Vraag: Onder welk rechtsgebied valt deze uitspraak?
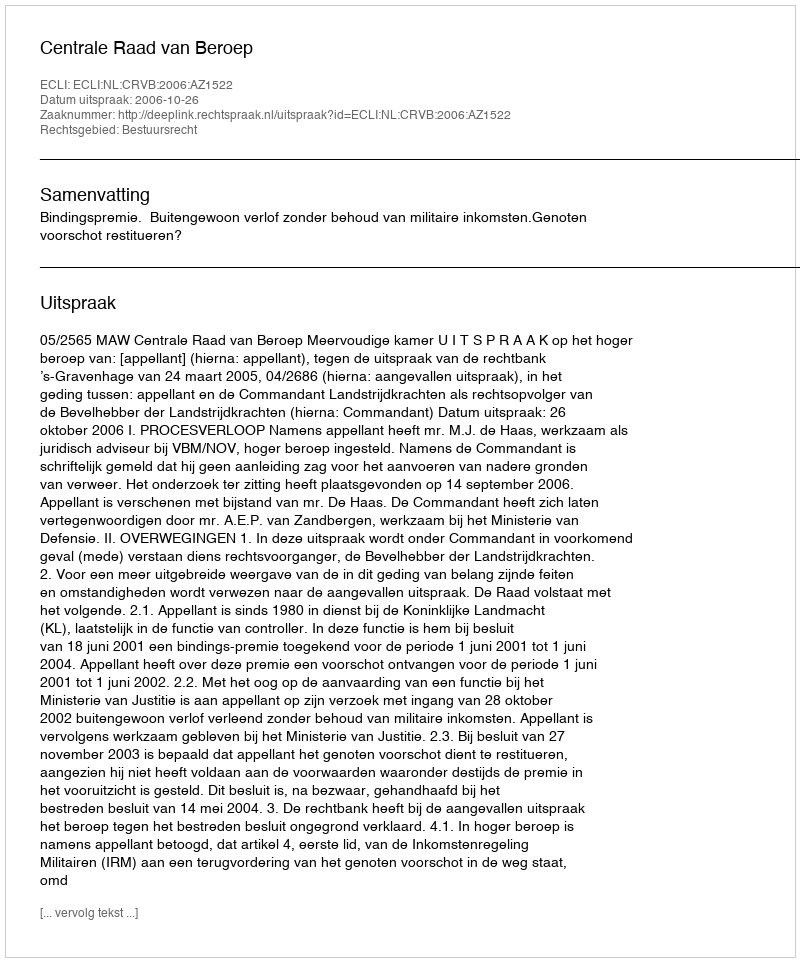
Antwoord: Bestuursrecht